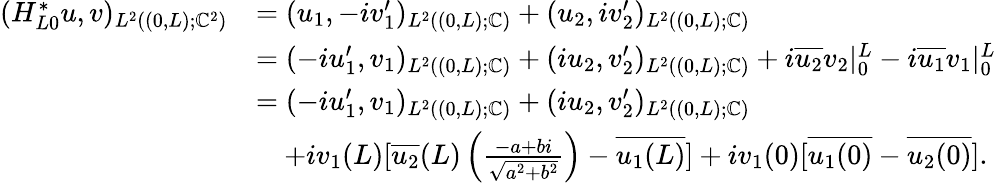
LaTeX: \begin{array}{rl}{(H_{L0}^{*}u,v)_{L^{2}((0,L);\mathbb{C}^{2})}}&{=(u_{1},-iv_{1}^{\prime})_{L^{2}((0,L);\mathbb{C})}+(u_{2},iv_{2}^{\prime})_{L^{2}((0,L);\mathbb{C})}}\\ &{=(-iu_{1}^{\prime},v_{1})_{L^{2}((0,L);\mathbb{C})}+(iu_{2},v_{2}^{\prime})_{L^{2}((0,L);\mathbb{C})}+i\overline{{u_{2}}}v_{2}|_{0}^{L}-i\overline{{u_{1}}}v_{1}|_{0}^{L}}\\ &{=(-iu_{1}^{\prime},v_{1})_{L^{2}((0,L);\mathbb{C})}+(iu_{2},v_{2}^{\prime})_{L^{2}((0,L);\mathbb{C})}}\\ &{\quad+iv_{1}(L)[\overline{{u_{2}}}(L)\left(\frac{-a+bi}{\sqrt{a^{2}+b^{2}}}\right)-\overline{{u_{1}(L)}}]+iv_{1}(0)[\overline{{u_{1}(0)}}-\overline{{u_{2}(0)}}].}\end{array}